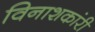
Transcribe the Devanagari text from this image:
विनाशकांरी